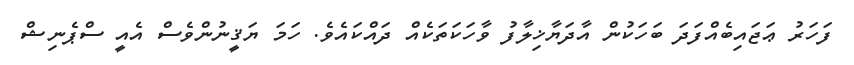
ފަހަރު ޢަޖައިބެއްފަދަ ބަހަކުން އާދަޔާޚިލާފު ވާހަކަތަކެއް ދައްކައެވެ. ހަމަ ޔަޤީނުންވެސް އެއީ ސްޕެނިޝް